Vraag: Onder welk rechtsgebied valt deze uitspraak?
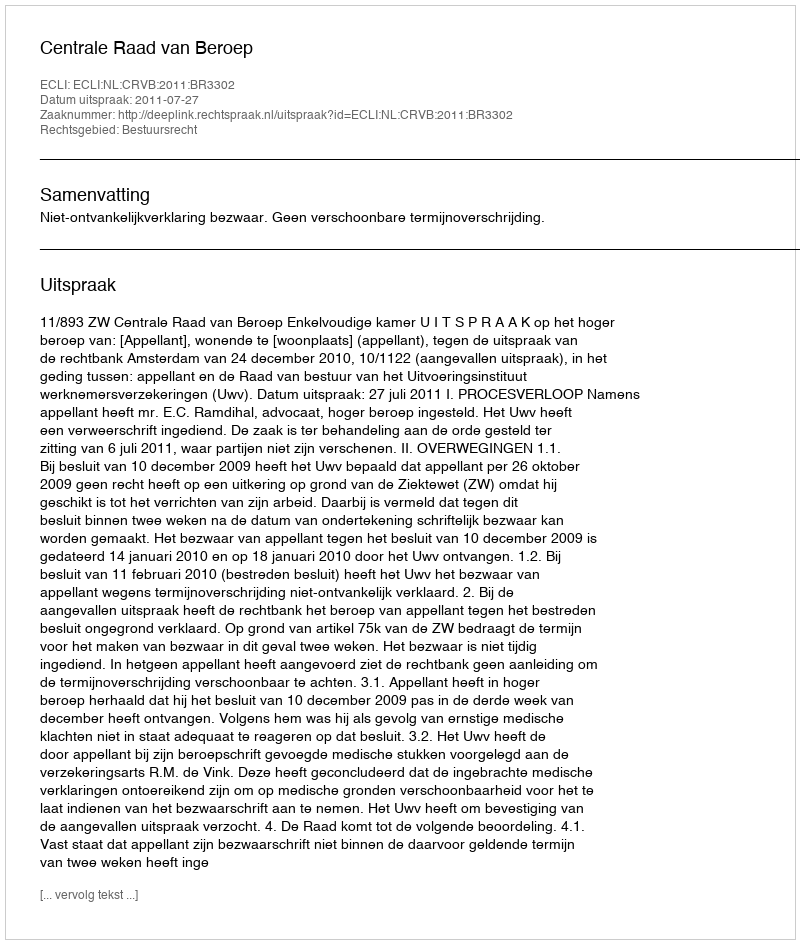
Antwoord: Bestuursrecht